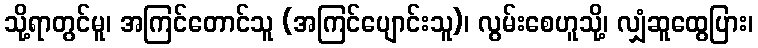
သို့ရာတွင်မူ၊ အကြင်တောင်သူ (အကြင်ပျောင်းသူ)၊ လွမ်းစေဟူသို့၊ လျှံဆူထွေပြား၊